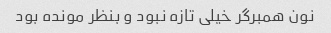
نون همبرگر خیلی تازه نبود و بنظر مونده بود